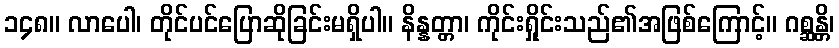
၁၄၈။ လာပေါ၊ တိုင်ပင်ပြောဆိုခြင်းမရှိပါ။ နိန္နတ္တာ၊ ကိုင်းရှိုင်းသည်၏အဖြစ်ကြောင့်။ ဂစ္ဆန္တိ၊